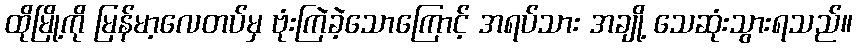
ထိုမြို့ကို မြန်မာ့လေတပ်မှ ဗုံးကြဲခဲ့သောကြောင့် အရပ်သား အချို့ သေဆုံးသွားရသည်။